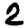
Digit: 2